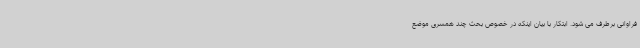
فراوانی برطرف می شود. ابتکار با بیان اینکه در خصوص بحث چند همسری موضع